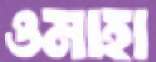
ওমাহা